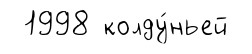
1998 колду́ньей